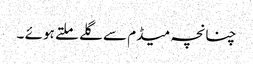
چنانچہ میڈم سے گلے ملتے ہوئے ۔